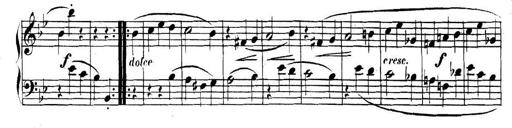
Title: Collected Piano Sonatas
Composer: Muzio Clementi